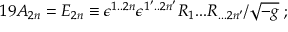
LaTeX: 1 9 { \cal A } _ { 2 n } = { \cal E } _ { 2 n } \equiv \epsilon ^ { 1 . . 2 n } \epsilon ^ { 1 ^ { \prime } . . 2 n ^ { \prime } } R _ { 1 } . . . R _ { . . . 2 n { ^ \prime } } / \sqrt { - g } \; ;